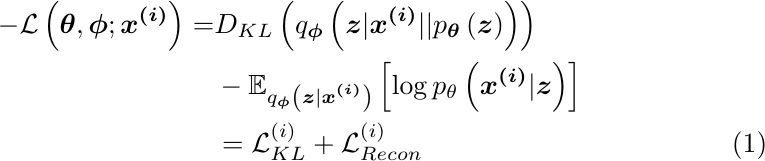
\begin{align}
    - \mathcal{L} \left(\boldsymbol\theta, \boldsymbol\phi; \boldsymbol{x^{(i)}} \right) = & D_{KL} \left( q_{\boldsymbol\phi} \left( \boldsymbol{z}|\boldsymbol{x^{(i)}} || p_{\boldsymbol\theta} \left( \boldsymbol{z} \right)\right) \right) \nonumber \\
    & - \mathbb{E}_{q_{\boldsymbol\phi} \left( \boldsymbol{z}|\boldsymbol{x^{(i)}} \right)} \left[ \log{p_\theta \left( \boldsymbol{x^{(i)}} | \boldsymbol{z} \right)} \right] \nonumber \\
    & = \mathcal{L}_{{KL}}^{(i)} + \mathcal{L}_{{Recon}}^{(i)}
\label{eq:loss}
\end{align}